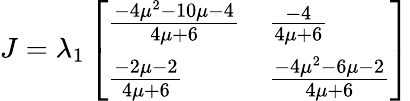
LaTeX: J=\lambda_{1}\left[\begin{array}{ll}{\frac{-4\mu^{2}-10\mu-4}{4\mu+6}}&{\frac{-4}{4\mu+6}}\\ {\frac{-2\mu-2}{4\mu+6}}&{\frac{-4\mu^{2}-6\mu-2}{4\mu+6}}\end{array}\right]